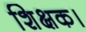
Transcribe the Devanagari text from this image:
शिक्षक।